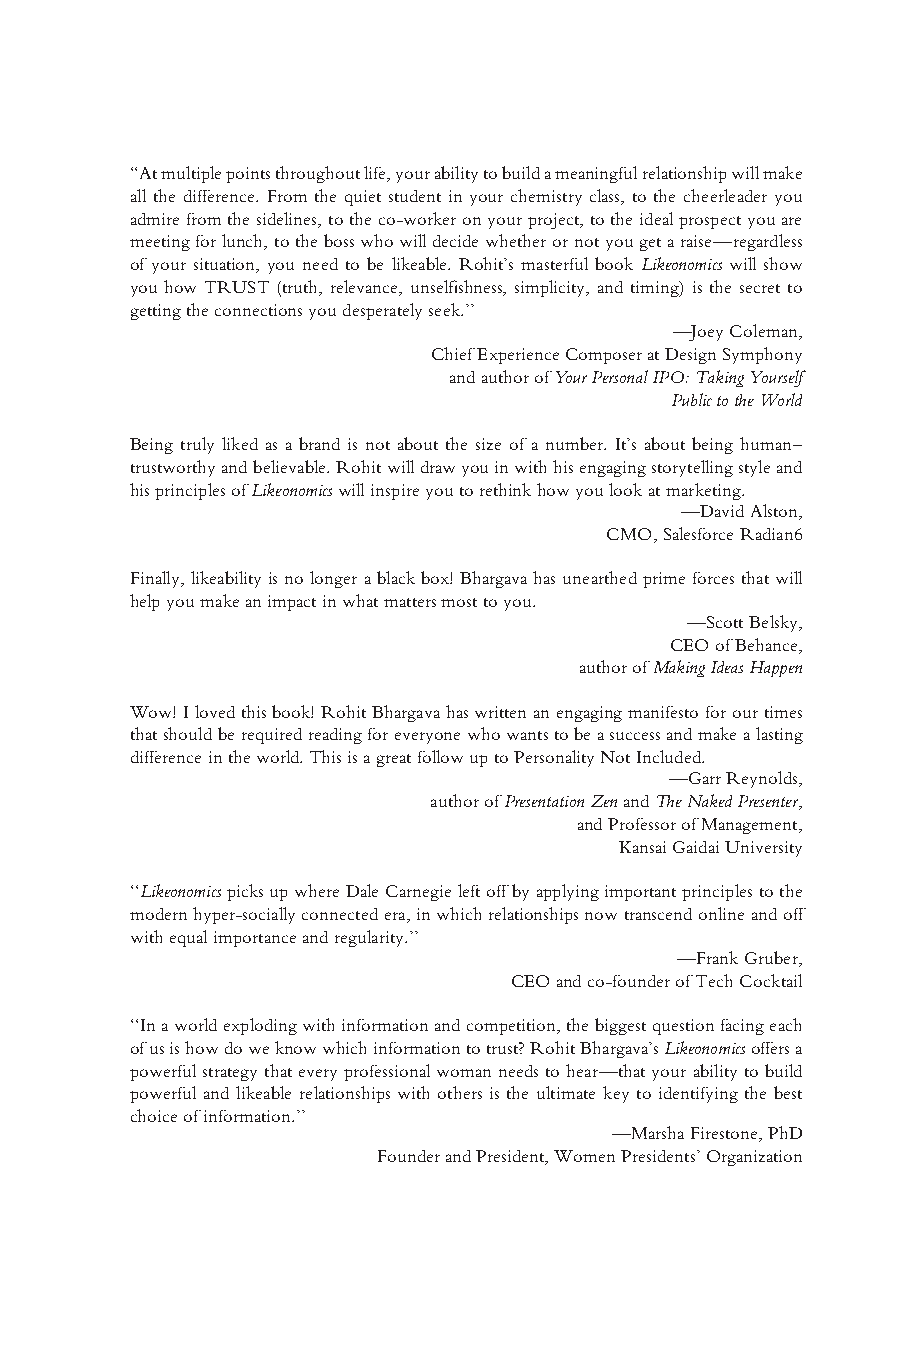
Bhargava ffirs1.tex V3-04/06/2012 11:25A.M. Page4
 ‘‘Atmultiplepointsthroughoutlife,yourabilitytobuildameaningfulrelationshipwillmake
 all the difference. From the quiet student in your chemistry class, to the cheerleader you
 admirefromthesidelines,totheco-workeronyourproject,totheidealprospectyouare
 meetingforlunch,tothebosswhowilldecidewhetherornotyougetaraise—regardless
 of your situation, you need to be likeable. Rohit’s masterful book Likeonomics will show
 you how TRUST (truth, relevance, unselfishness, simplicity, and timing) is the secret to
 gettingtheconnectionsyoudesperatelyseek.’’
 —JoeyColeman,
 ChiefExperienceComposeratDesignSymphony
 andauthorofYourPersonalIPO:TakingYourself
 PublictotheWorld
 Being truly liked as a brand is not about the size of a number. It’s about being human–
 trustworthyandbelievable.Rohitwilldrawyouinwithhisengagingstorytellingstyleand
 hisprinciplesofLikeonomicswillinspireyoutorethinkhowyoulookatmarketing.
 —DavidAlston,
 CMO,SalesforceRadian6
 Finally,likeabilityisnolongerablackbox!Bhargavahasunearthedprimeforcesthatwill
 helpyoumakeanimpactinwhatmattersmosttoyou.
 —ScottBelsky,
 CEOofBehance,
 authorofMakingIdeasHappen
 Wow!Ilovedthisbook!RohitBhargavahaswrittenanengagingmanifestoforourtimes
 thatshouldberequiredreadingforeveryonewhowantstobeasuccessandmakealasting
 differenceintheworld.ThisisagreatfollowuptoPersonalityNotIncluded.
 —GarrReynolds,
 authorofPresentationZenandTheNakedPresenter,
 andProfessorofManagement,
 KansaiGaidaiUniversity
 ‘‘LikeonomicspicksupwhereDaleCarnegieleftoffbyapplyingimportantprinciplestothe
 modernhyper-sociallyconnectedera,inwhichrelationshipsnowtranscendonlineandoff
 withequalimportanceandregularity.’’
 —FrankGruber,
 CEOandco-founderofTechCocktail
 ‘‘Inaworldexplodingwithinformationandcompetition,thebiggestquestionfacingeach
 ofusishowdoweknowwhichinformationtotrust?RohitBhargava’sLikeonomicsoffersa
 powerfulstrategythateveryprofessionalwomanneedstohear—thatyourabilitytobuild
 powerful and likeable relationships with others is the ultimate key to identifying the best
 choiceofinformation.’’
 —MarshaFirestone,PhD
 FounderandPresident,WomenPresidents’Organization